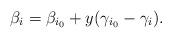
LaTeX: \begin{align*}\beta_i=\beta_{i_0}+y(\gamma_{i_0}-\gamma_i).\end{align*}